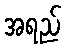
အရည်